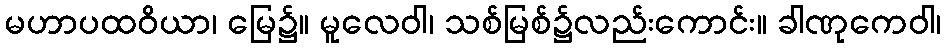
မဟာပထဝိယာ၊ မြေ၌။ မူလေဝါ၊ သစ်မြစ်၌လည်းကောင်း။ ခါဏုကေဝါ၊